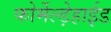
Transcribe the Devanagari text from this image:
फोर्मेल्ड़ेहाईड